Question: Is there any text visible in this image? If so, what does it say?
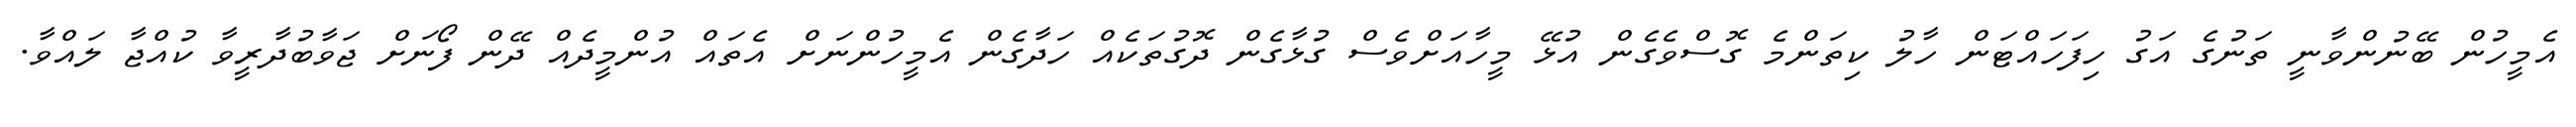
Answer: އެމީހުން ބޭނުންވާނީ ތަނުގެ އަގު ހިފަހައްޓަން ހާލު ކިތަންމެ ގޮސްވެގެން އުޅޭ މީހާއަށްވެސް ގުޅާގެން ދޮގުތަކެއް ހަދާގެން އެމީހުންނަށް އެތައް އުންމީދެއް ދޭން ފޯނަށް ޖަވާބުދާރީވާ ކުއްޖާ ލައްވާ.